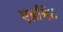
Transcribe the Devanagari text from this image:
एडमिट